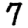
Digit: 7